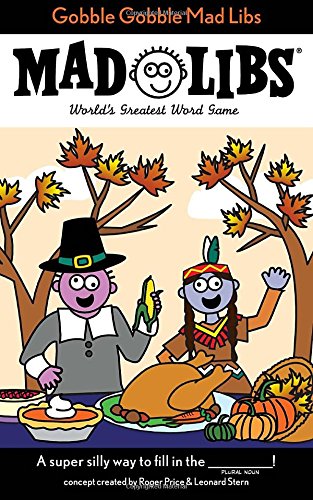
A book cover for Gobble Gobble Mad Libs; Roger Price; Children's Books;